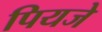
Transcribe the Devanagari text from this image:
पियजे